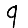
Digit: 9